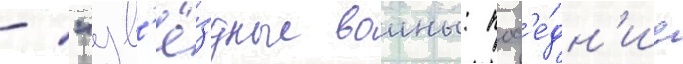
- "зв'ё́здные воины: посл'е́дн'ие